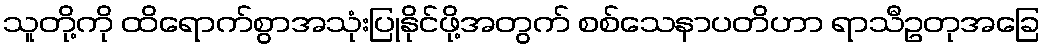
သူတို့ကို ထိရောက်စွာအသုံးပြုနိုင်ဖို့အတွက် စစ်သေနာပတိဟာ ရာသီဥတုအခြေ